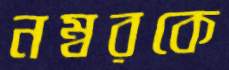
নম্বরকে